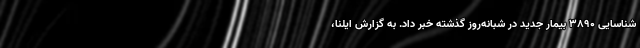
شناسایی ۳۸۹۰ بیمار جدید در شبانه‌روز گذشته خبر داد. به گزارش ایلنا،